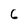
Character: 6